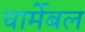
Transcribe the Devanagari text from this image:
चार्मेबल